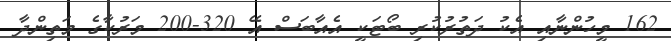
162 މީހުންނާއި އެކު ދަތުރުކުރި ބޯޓަކީ އެއާބަސް އޭ 320-200 މަރުކާގެ މަތިންދާ